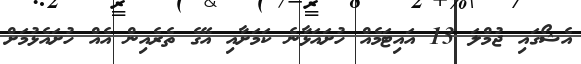
އެޝޯގައި ޖުމްލަ 13 އައިޓަމެއް ހުށައަޅާނެ ކަމަށާއި އޭގެ ތެރެއިން އެއް ހުށައެޅުމަށް